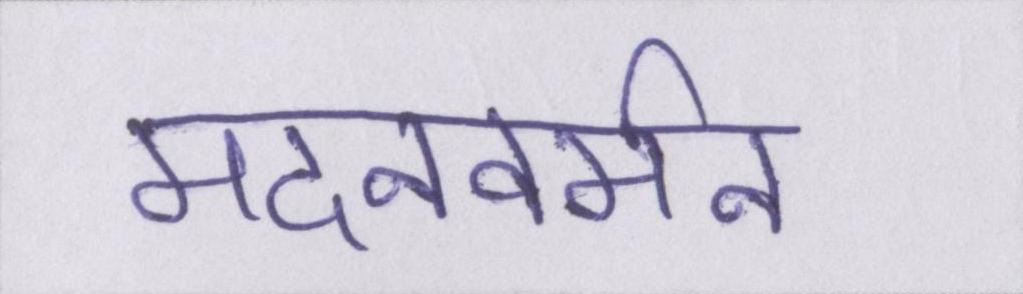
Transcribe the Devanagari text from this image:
मदनवर्मन